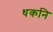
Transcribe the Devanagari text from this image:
धकनि